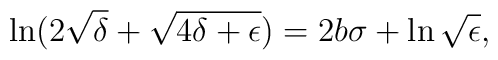
\ln (2\sqrt{\delta}+\sqrt{4\delta+\epsilon})=2b\sigma+\ln\sqrt{\epsilon},